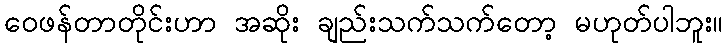
ဝေဖန်တာတိုင်းဟာ အဆိုး ချည်းသက်သက်တော့ မဟုတ်ပါဘူး။